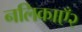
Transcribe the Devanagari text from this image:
नलिकाएँ२